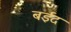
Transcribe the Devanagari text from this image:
बईद